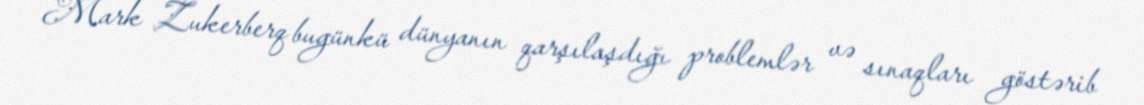
Mark Zukerberq bugünkü dünyanın qarşılaşdığı problemlər və sınaqları göstərib